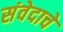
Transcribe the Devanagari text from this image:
संवेदाचे